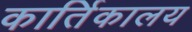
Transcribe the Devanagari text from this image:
कार्तिकालय